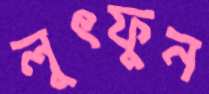
লুৎফুন